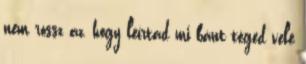
nem rossz az, hogy leírtad mi bánt téged vele